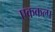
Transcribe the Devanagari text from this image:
एककल्प